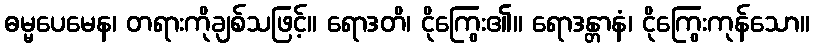
ဓမ္မပေမေန၊ တရားကိုချစ်သဖြင့်။ ရောဒတိ၊ ငိုကြွေး၏။ ရောဒန္တာနံ၊ ငိုကြွေးကုန်သော။